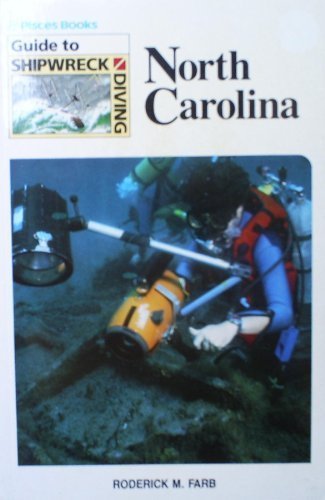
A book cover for Guide to Shipwreck Diving: North Carolina; Roderick M. Farb; Travel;